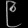
Digit: ၉